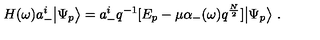
H ( \omega ) a _ { - } ^ { i } \big | \Psi _ { p } \big > = a _ { - } ^ { i } q ^ { - 1 } [ E _ { p } - \mu \alpha _ { - } ( \omega ) q ^ { \frac { N } { 2 } } ] \big | \Psi _ { p } \big > \ .